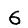
Digit: 6